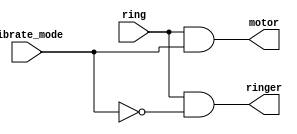
module top_module (
    input wire ring,
    input wire vibrate_mode,
    output wire ringer,
    output wire motor
);
    // Control logic for motor and ringer
    assign motor = ring && vibrate_mode;
    assign ringer = ring && ~vibrate_mode;

endmodule